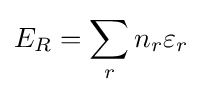
E_{R}=\sum _{r}n_{r}\varepsilon _{r}